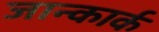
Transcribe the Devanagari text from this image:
जान्कार्क